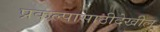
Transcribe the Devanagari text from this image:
प्रकल्पासाठीदेखील